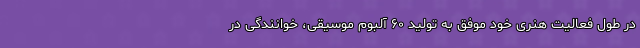
در طول فعالیت هنری خود موفق به تولید ۶۰ آلبوم موسیقی، خوانندگی در